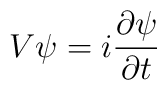
V \psi = i\frac{\partial\psi}{\partial t}